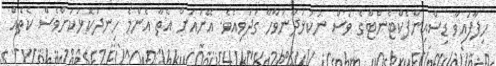
ހިފާފައިވާ ޑިސްއިންފެކްޓެންޓްގެ ވަސް ނުކުޅަދާނަވާހާ ގަދަވިއެވެ. އޭނައަށް އެތާ އެންމެ ހިނދުކޮޅަކަށްވެސް ކެތެއް